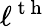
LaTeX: \ell^{\mathrm{~t~h~}}